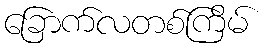
ခြောက်လတစ်ကြိမ်